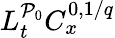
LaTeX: L_{t}^{\mathcal{P}_{0}}C_{x}^{0,1/q}